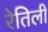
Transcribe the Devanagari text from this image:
रेतिली